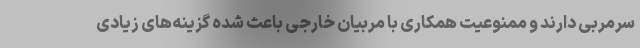
سرمربی دارند و ممنوعیت همکاری با مربیان خارجی باعث شده گزینه‌های زیادی